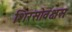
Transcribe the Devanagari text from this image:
शिरसोवक्षसः